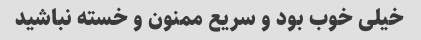
خیلی خوب بود و سریع ممنون و خسته نباشید